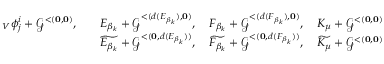
\begin{array} { r l } { _ V \phi _ { j } ^ { i } + \mathcal { G } ^ { < ( \mathbf { 0 } , \mathbf { 0 } ) } , \quad } & { E _ { \beta _ { k } } + \mathcal { G } ^ { < ( d ( E _ { \beta _ { k } } ) , \mathbf { 0 } ) } , \quad F _ { \beta _ { k } } + \mathcal { G } ^ { < ( d ( F _ { \beta _ { k } } ) , \mathbf { 0 } ) } , \quad K _ { \mu } + \mathcal { G } ^ { < ( \mathbf { 0 } , \mathbf { 0 } ) } } \\ & { \widetilde { E _ { \beta _ { k } } } + \mathcal { G } ^ { < ( \mathbf { 0 } , d ( E _ { \beta _ { k } } ) ) } , \quad \widetilde { F _ { \beta _ { k } } } + \mathcal { G } ^ { < ( \mathbf { 0 } , d ( F _ { \beta _ { k } } ) ) } , \quad \widetilde { K _ { \mu } } + \mathcal { G } ^ { < ( \mathbf { 0 } , \mathbf { 0 } ) } } \end{array}